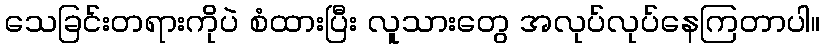
သေခြင်းတရားကိုပဲ စံထားပြီး လူသားတွေ အလုပ်လုပ်နေကြတာပါ။